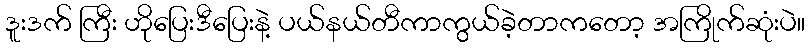
ဒူးဒက် ကြီး ဟိုပြေးဒီပြေးနဲ့ ပယ်နယ်တီကာကွယ်ခဲ့တာကတော့ အကြိုက်ဆုံးပဲ။